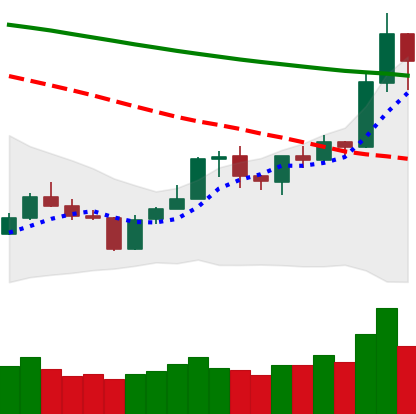
Ticker: BNB-USD
Chart end date: 2020-01-16
Forward return: 6.153%
Label: up_5_7